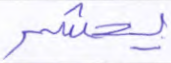
يحشر